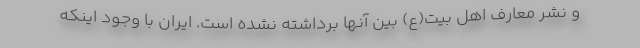
و نشر معارف اهل بیت(ع) بین آنها برداشته نشده است. ایران با وجود اینکه